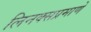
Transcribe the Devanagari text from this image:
लिनक्सप्रमाणे